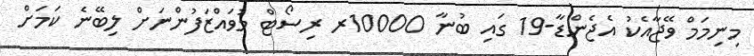
މިނިމަމް ވޭޖާއެކު އެޖެންޑާ-19 ގައި ބުނާ 10000ރ ރިސޯޓް މުވައްޒަފުންނަށް ލިބޭނެ ކަމަށް